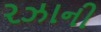
રઝાની